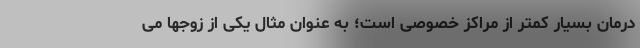
درمان بسیار کمتر از مراکز خصوصی است؛ به عنوان مثال یکی از زوجها می